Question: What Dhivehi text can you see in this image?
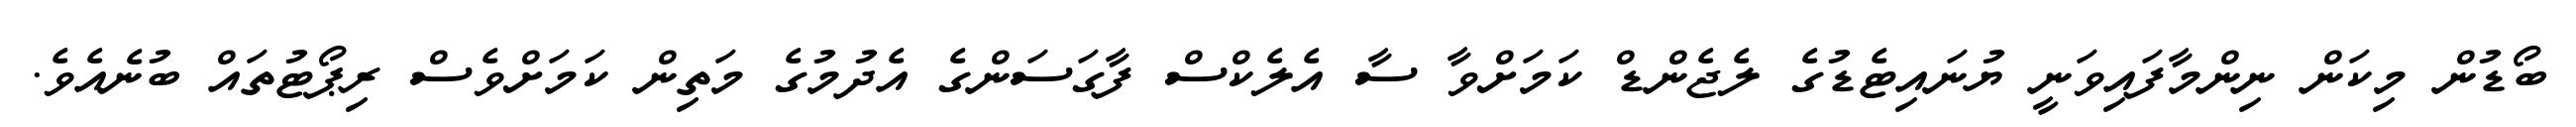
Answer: ބޯޑުން މިކަން ނިންމާފައިވަނީ ޔުނައިޓެޑުގެ ލެޖެންޑް ކަމަށްވާ ސާ އެލެކްސް ފާގަސަންގެ އެދުމުގެ މަތިން ކަމަށްވެސް ރިޕޯޓުތައް ބުނެއެވެ.